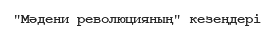
"Мәдени революцияның" кезеңдері